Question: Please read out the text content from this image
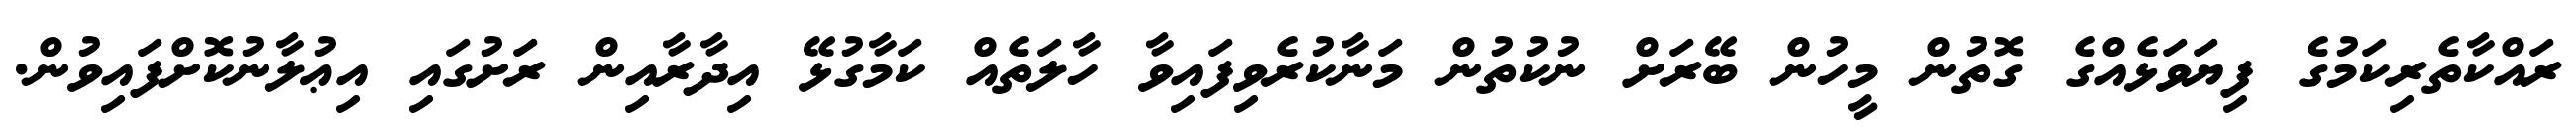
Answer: ރައްކާތެރިކަމުގެ ފިޔަވަޅެއްގެ ގޮތުން މީހުން ބޭރަށް ނުކުތުން މަނާކުރެވިފައިވާ ހާލަތެއް ކަމާގުޅޭ އިދާރާއިން ރަށުގައި އިޢުލާނުކޮށްފައިވުން.